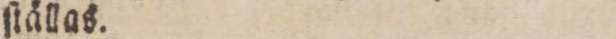
ſtällas.